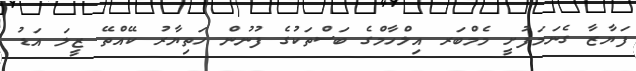
ފަޔާޒާ ގެނަމަފުށީ މެމްބަރ އިލްހާމްގެ ބަސްތަކުގެ ފުނުން ހަތިޔާރު ކޭއްތޭ ޒީލަ އަޑު